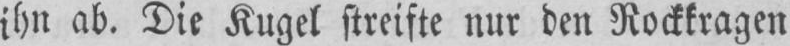
ihn ab. Die Kugel streifte nur den Rockkragen